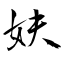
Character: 妋